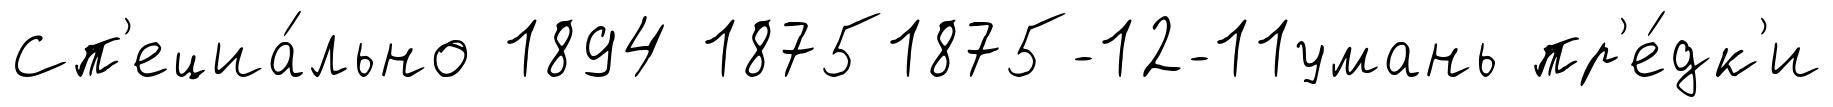
Сп'ециа́льно 1894 18751875-12-11умань пр'е́дк'и